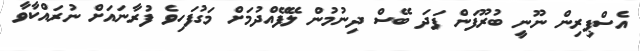
އެސްޕިރިން ނޫނީ ބުރޫފަން ފަދަ ބޭސް ދިނުމުން ލޭފޭއްދުމަށް މަގުފަހިވެ ފުރާނައަށް ނުރައްކާވާ